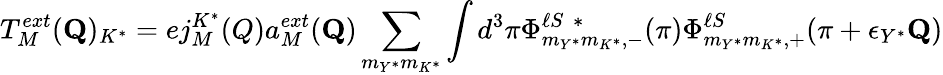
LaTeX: T_{M}^{ext}({\mathbf Q})_{K^{*}}=ej_{M}^{K^{*}}(Q)a_{M}^{ext}({\mathbf Q})\sum_{m_{Y^{*}}m_{K^{*}}}\int d^{3}\pi\Phi_{m_{Y^{*}}m_{K^{*}},-}^{\ell S~~*}({\mathbf\pi})\Phi_{m_{Y^{*}}m_{K^{*}},+}^{\ell S}({\mathbf\pi}+\epsilon_{Y^{*}}{\mathbf Q})